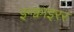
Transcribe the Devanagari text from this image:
इन्क्वाइरर